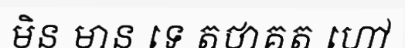
មិន មាន ទេ តថាគត ហៅ